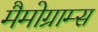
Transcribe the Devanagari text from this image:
मैमोग्राम्स